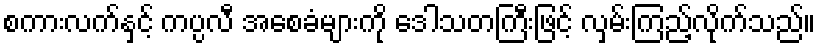
စကားလက်နှင့် ကပ္ပလီ အစေခံများကို ဒေါသတကြီးဖြင့် လှမ်းကြည့်လိုက်သည်။